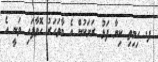
ފ. ހިމިތި ކިޔާ ފަޅު ރަށަކުން އެ މާވަހަރު ހޮވާފައި ވަނީ އެ